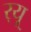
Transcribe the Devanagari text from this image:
र्‌यू